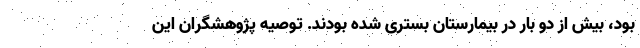
بود، بیش از دو بار در بیمارستان بستری شده بودند. توصیه پژوهشگران این